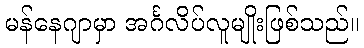
မန်နေဂျာမှာ အင်္ဂလိပ်လူမျိုးဖြစ်သည်။